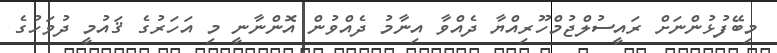
މިބޭފުޅުންނަށް ރައީސުލްޖުމްހޫރިއްޔާ ދެއްވާ އިނާމު ދެއްވުން އޮންނާނީ މި އަހަރުގެ ޤައުމީ ދުވަހުގެ